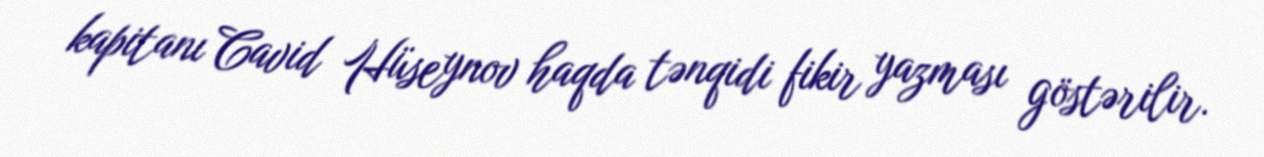
kapitanı Cavid Hüseynov haqda tənqidi fikir yazması göstərilir.